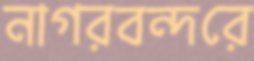
নাগরবন্দরে